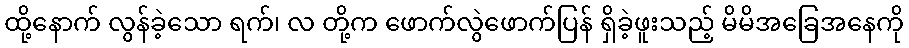
ထို့နောက် လွန်ခဲ့သော ရက်၊ လ တို့က ဖောက်လွဲဖောက်ပြန် ရှိခဲ့ဖူးသည့် မိမိအခြေအနေကို